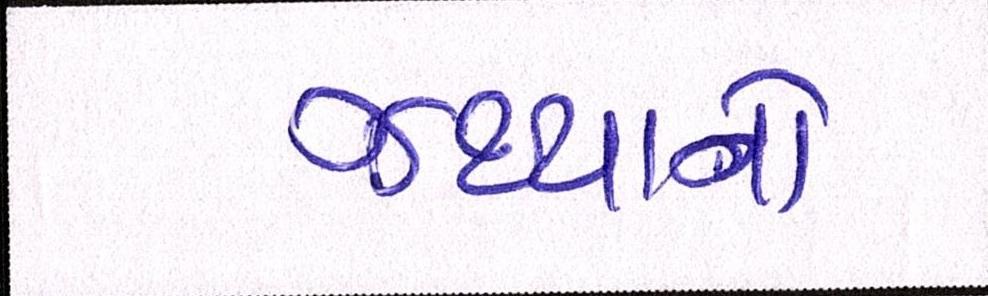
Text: જથ્થાનો